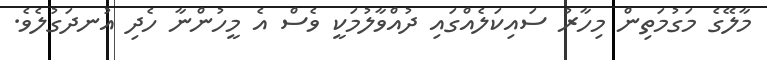
މާލޭގެ މަގުމަތިން މިހާރު ސައިކަލެއްގައި ދުއްވާލުމަކީ ވެސް އެ މީހުންނާ ހެދި އުނދަގުލެވެ.